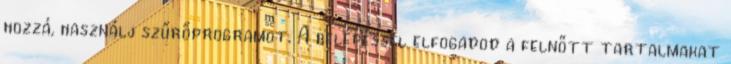
hozzá, használj szűrőprogramot. A belépéssel elfogadod a felnőtt tartalmakat